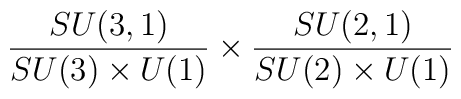
\frac {SU(3,1)} {SU(3)\times U(1)}\times \frac {SU(2,1)}{SU(2)\times U(1)}